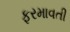
ફરમાવતી